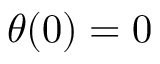
\theta ( 0 ) = 0